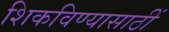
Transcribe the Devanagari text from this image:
शिकविण्यासाठीं